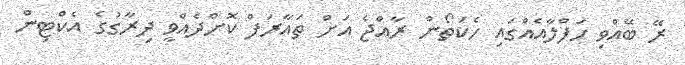
ރޭ ބޭއްވި ހަފްލާއެއްގައި ހެކަތޯން ރާއްޖެ އަށް ތައާރަފް ކޮށްދެއްވީ ދިރާގުގެ އެކްޓިން